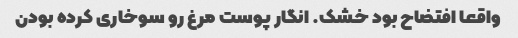
واقعا افتضاح بود خشک. انگار پوست مرغ رو سوخاری کرده بودن